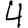
Digit: 4